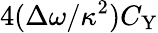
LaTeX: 4(\Delta\omega/\kappa^{2})C_{\mathrm{Y}}